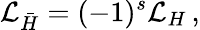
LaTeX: {\cal L}_{\bar{H}}=(-1)^{s}{\cal L}_{H}\, ,